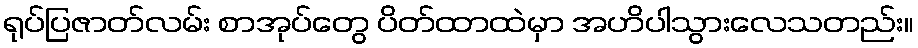
ရုပ်ပြဇာတ်လမ်း စာအုပ်တွေ ပိတ်ထာထဲမှာ အဟိပါသွားလေသတည်း။